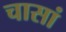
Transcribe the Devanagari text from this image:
चासां